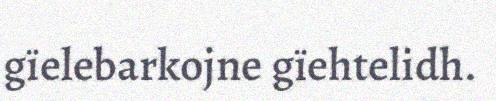
gïelebarkojne gïehtelidh.